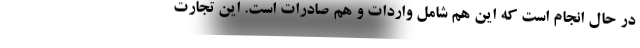
در حال انجام است که این هم شامل واردات و هم صادرات است. این تجارت